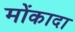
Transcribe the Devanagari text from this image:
मोंकादा